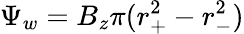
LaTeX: \Psi_{w}=B_{z}\pi(r_{+}^{2}-r_{-}^{2})